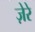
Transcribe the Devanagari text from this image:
ज़ेरे